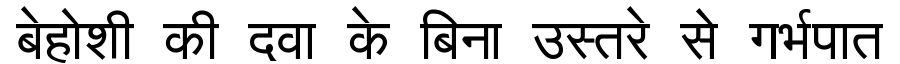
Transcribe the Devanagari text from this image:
बेहोशी की दवा के बिना उस्तरे से गर्भपात